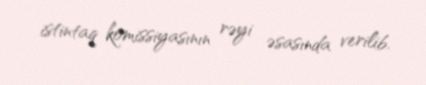
istintaq komissiyasının rəyi əsasında verilib.